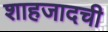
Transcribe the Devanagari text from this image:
शाहजादची